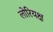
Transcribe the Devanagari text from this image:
लोरियक्ष